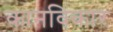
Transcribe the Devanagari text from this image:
कानविकार